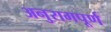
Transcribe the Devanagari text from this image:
अनुरागपूर्ण